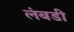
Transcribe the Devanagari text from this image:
लंबडी